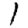
Digit: 1